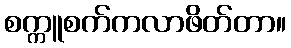
စက္ကူစက်ကလာဖိတ်တာ။